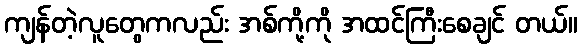
ကျန်တဲ့လူတွေကလည်း အစ်ကို့ကို အထင်ကြီးစေချင် တယ်။